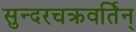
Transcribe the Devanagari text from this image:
सुन्दरचक्रवर्तिन्